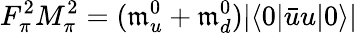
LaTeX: F_{\pi}^{2}M_{\pi}^{2}=(\mathfrak{m}_{u}^{0}+\mathfrak{m}_{d}^{0})|\langle0|\bar{{u}}u|0\rangle|